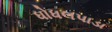
ધોધલપાડા